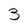
Character: 3